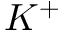
K ^ { + }